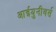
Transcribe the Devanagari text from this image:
आईयुनीवर्स